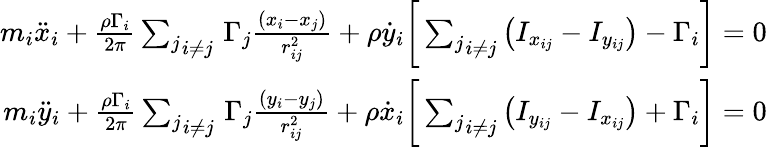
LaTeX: \begin{array}{r}{m_{i}\ddot{x}_{i}+\frac{\rho\Gamma_{i}}{2\pi}\underset{i\neq j}{\sum_{j}}\, \Gamma_{j}\frac{(x_{i}-x_{j})}{r_{ij}^{2}}+\rho\dot{y}_{i}\biggr[\underset{i\neq j}{\sum_{j}}\left(I_{x_{ij}}-I_{y_{ij}}\right)-\Gamma_{i}\biggr]=0}\\ {m_{i}\ddot{y}_{i}+\frac{\rho\Gamma_{i}}{2\pi}\underset{i\neq j}{\sum_{j}}\, \Gamma_{j}\frac{(y_{i}-y_{j})}{r_{ij}^{2}}+\rho\dot{x}_{i}\biggr[\underset{i\neq j}{\sum_{j}}\left(I_{y_{ij}}-I_{x_{ij}}\right)+\Gamma_{i}\biggr]=0}\end{array}